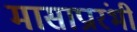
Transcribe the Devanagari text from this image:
मासाप्रारंभी